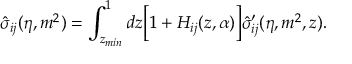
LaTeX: \hat { \sigma } _ { i j } ( \eta , m ^ { 2 } ) = \int _ { z _ { m i n } } ^ { 1 } d z \biggl [ 1 + { \cal H } _ { i j } ( z , \alpha ) \biggr ] \hat { \sigma } _ { i j } ^ { \prime } ( \eta , m ^ { 2 } , z ) .